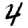
Digit: 4